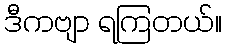
ဒီကဗျာ ရကြတယ်။